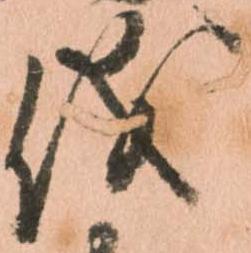
儀